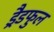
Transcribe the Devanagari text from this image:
ड्रैडफुल